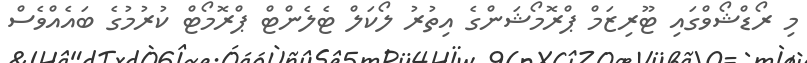
މި ރޯޑްޝޯވްގައި ޓޫރިޒަމް ޕްރޮމޯޝަންގެ އިތުރު ލޯކަލް ޓެލެންޓް ޕްރޮމޯޓް ކުރުމުގެ ބައެއްވެސް